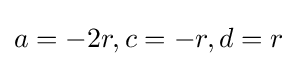
a=-2r,c=-r,d=r\,\!